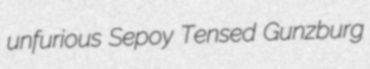
unfurious Sepoy Tensed Gunzburg